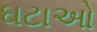
ઘટાઓ